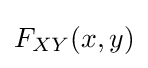
F_{XY}(x,y)